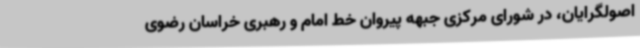
اصولگرایان، در شورای مرکزی جبهه پیروان خط امام و رهبری خراسان رضوی